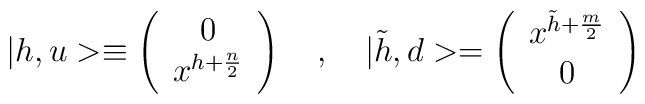
|h,u> \equiv \left(\begin{array}{c}0\\ x^{h+{n\over 2}}\end{array}\right)\quad , \quad|\tilde h, d> = \left(\begin{array}{c}x^{\tilde h+{m\over 2}} \\ 0 \end{array}\right)